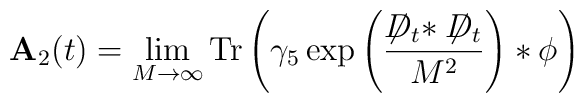
{\bf A}_2(t) = \lim_{M \to \infty}{\rm Tr} \left( \gamma_5\exp\left(\frac{\not \!\!D_t * \not \!\!D_t}{M^2}\right) *\phi\right)